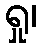
ရှု၊